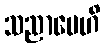
သညာပေဟိ